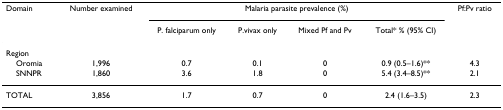
<table><thead><tr><td><b>Domain</b></td><td><b>Number examined</b></td><td colspan="4"><b>Malaria parasite prevalence (%)</b></td><td><b>Pf:Pv ratio</b></td></tr><tr><td></td><td></td><td><b>P. falciparum only</b></td><td><b>P.vivax only</b></td><td><b>Mixed Pf and Pv</b></td><td><b>Total* % (95% CI)</b></td><td></td></tr></thead><tbody><tr><td>Region</td><td></td><td></td><td></td><td></td><td></td><td></td></tr><tr><td> Oromia</td><td>1,996</td><td>0.7</td><td>0.1</td><td>0</td><td>0.9 (0.5–1.6)**</td><td>4.3</td></tr><tr><td> SNNPR</td><td>1,860</td><td>3.6</td><td>1.8</td><td>0</td><td>5.4 (3.4–8.5)**</td><td>2.1</td></tr><tr><td>TOTAL</td><td>3,856</td><td>1.7</td><td>0.7</td><td>0</td><td>2.4 (1.6–3.5)</td><td>2.3</td></tr></tbody></table>